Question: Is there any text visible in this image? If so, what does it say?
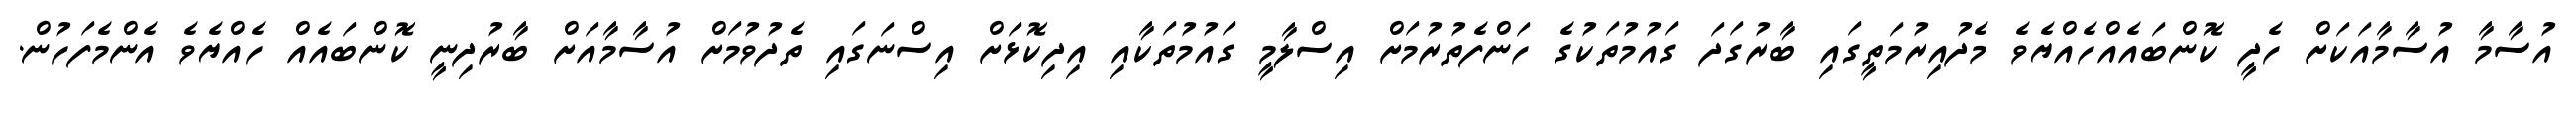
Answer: އުސާމާ އުސާމާއަކަށް ހެދީ ކޮންބައެއްހެއްޔެވެ މެދުއިރުމަތީގައި ބާރުގަދަ ގައުމުތަކުގެ ހަންފެތުރުމަށް އިސްލާމީ ގައުމުތަކާއި އިދިކޮޅަށް އިސްނަގައި ތެދުވުމަށް އުސާމާއަށް ބާރުދިނީ ކޮންބައެއް ހެއްޔެވެ އެންމެފަހުން.